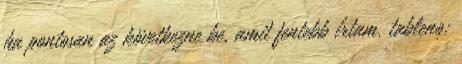
ha pontosan az következne be, amit fentebb írtam. tableno: